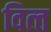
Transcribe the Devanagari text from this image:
वित्‍त